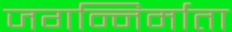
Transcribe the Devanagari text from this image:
जगन्निर्माता